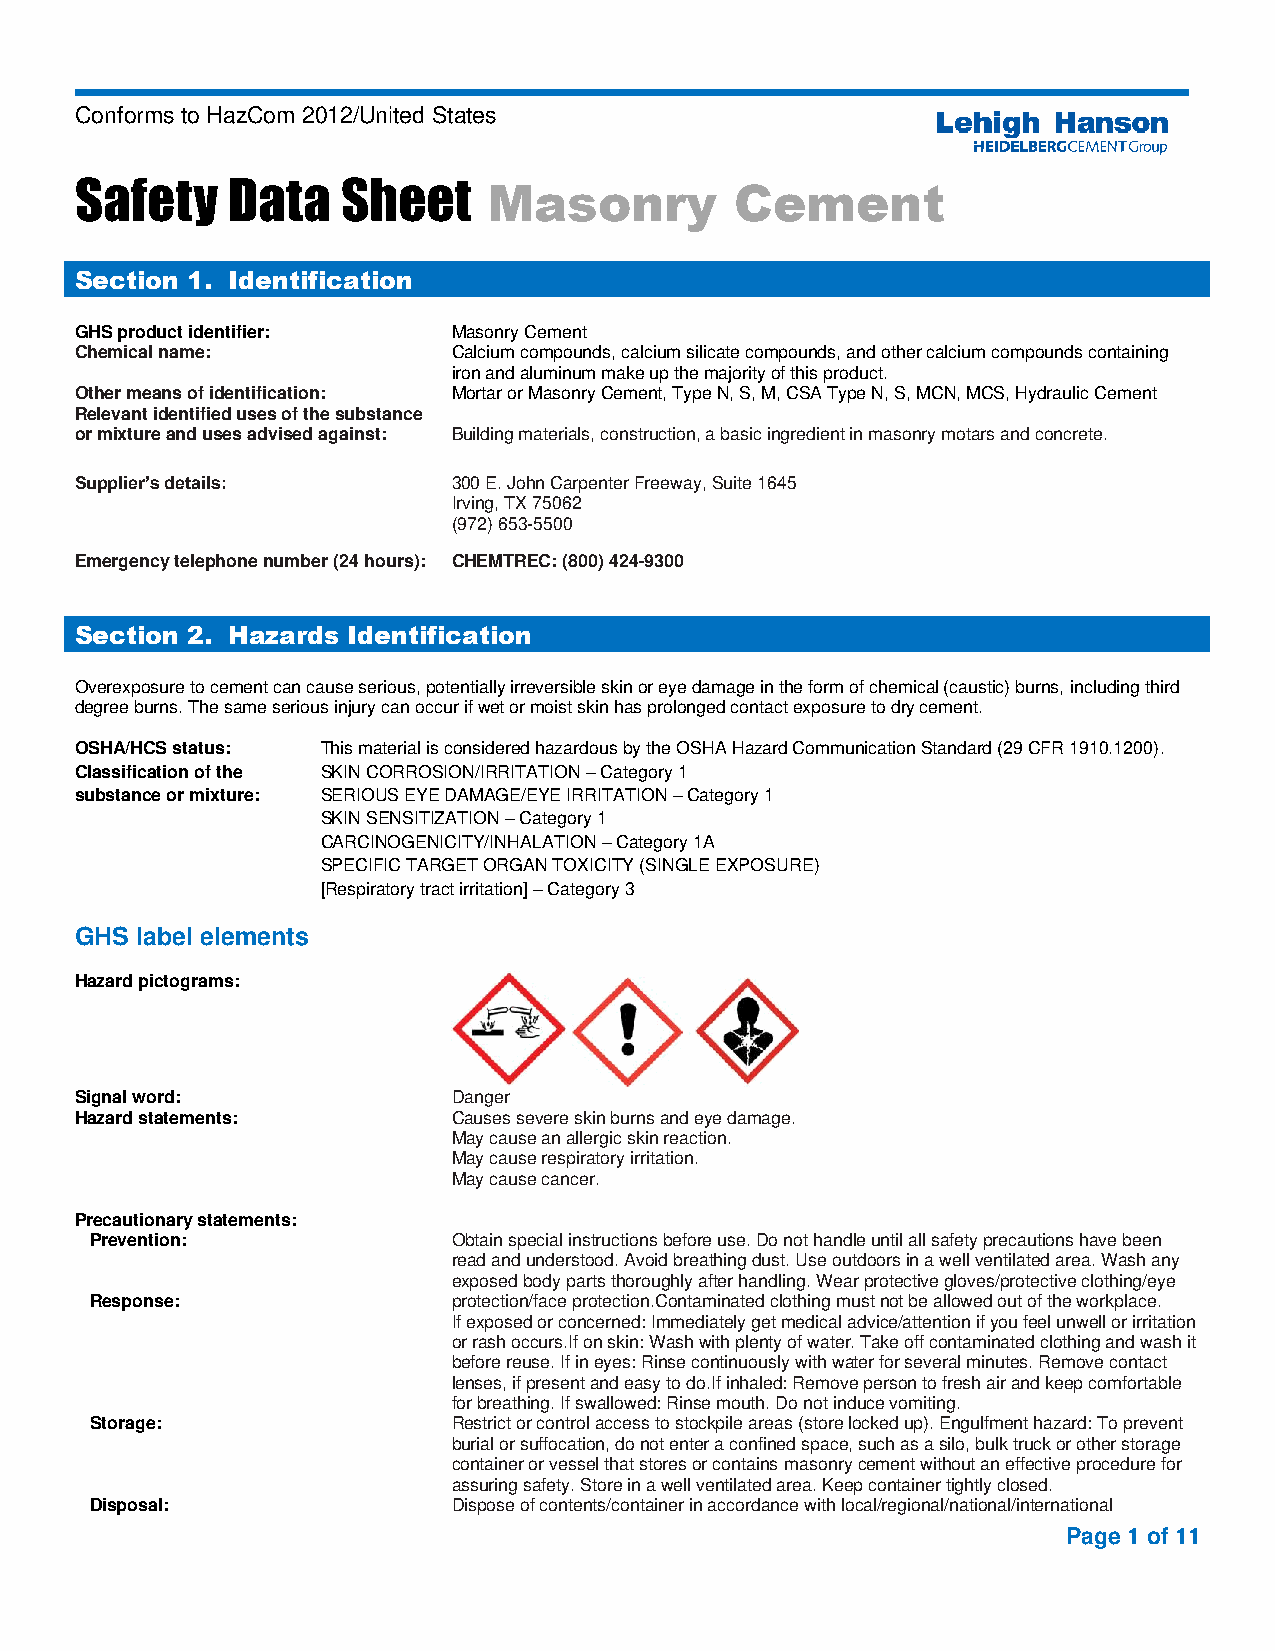
Conforms to HazCom 2012/United States
 Safety    Data    Sheet    Masonry          Cement
 Section 1. Identification
 GHS product identifier:  Masonry Cement
 Chemical name:           Calcium compounds, calcium silicate compounds, and other calcium compounds containing
 iron and aluminum make up the majority of this product.
 Other means of identification: Mortar or Masonry Cement, Type N, S, M, CSA Type N, S, MCN, MCS, Hydraulic Cement
 Relevant identified uses of the substance
 or mixture and uses advised against: Building materials, construction, a basic ingredient in masonry motars and concrete.
 Supplier’s details:      300 E. John Carpenter Freeway, Suite 1645
 Irving, TX 75062
 (972) 653-5500
 Emergency telephone number (24 hours): CHEMTREC: (800) 424-9300
 Section 2. Hazards Identification
 Overexposure to cement can cause serious, potentially irreversible skin or eye damage in the form of chemical (caustic) burns, including third
 degree burns. The same serious injury can occur if wet or moist skin has prolonged contact exposure to dry cement.
 OSHA/HCS status: This material is considered hazardous by the OSHA Hazard Communication Standard (29 CFR 1910.1200).
 Classification of the SKIN CORROSION/IRRITATION – Category 1
 substance or mixture: SERIOUS EYE DAMAGE/EYE IRRITATION – Category 1
 SKIN SENSITIZATION – Category 1
 CARCINOGENICITY/INHALATION – Category 1A
 SPECIFIC TARGET ORGAN TOXICITY (SINGLE EXPOSURE)
 [Respiratory tract irritation] – Category 3
 GHS label elements
 Hazard pictograms:
 Signal word:             Danger
 Hazard statements:       Causes severe skin burns and eye damage.
 May cause an allergic skin reaction.
 May cause respiratory irritation.
 May cause cancer.
 Precautionary statements:
 Prevention:             Obtain special instructions before use. Do not handle until all safety precautions have been
 read and understood. Avoid breathing dust. Use outdoors in a well ventilated area. Wash any
 exposed body parts thoroughly after handling. Wear protective gloves/protective clothing/eye
 Response:               protection/face protection.Contaminated clothing must not be allowed out of the workplace.
 If exposed or concerned: Immediately get medical advice/attention if you feel unwell or irritation
 or rash occurs.If on skin: Wash with plenty of water. Take off contaminated clothing and wash it
 before reuse. If in eyes: Rinse continuously with water for several minutes. Remove contact
 lenses, if present and easy to do.If inhaled: Remove person to fresh air and keep comfortable
 for breathing. If swallowed: Rinse mouth. Do not induce vomiting.
 Storage:                Restrict or control access to stockpile areas (store locked up). Engulfment hazard: To prevent
 burial or suffocation, do not enter a confined space, such as a silo, bulk truck or other storage
 container or vessel that stores or contains masonry cement without an effective procedure for
 assuring safety. Store in a well ventilated area. Keep container tightly closed.
 Disposal:               Dispose of contents/container in accordance with local/regional/national/international
 Page 1 of 11